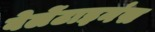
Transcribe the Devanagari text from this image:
वेलेंटाइनंस